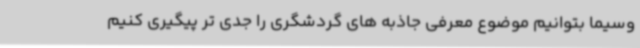
وسیما بتوانیم موضوع معرفی جاذبه های گردشگری را جدی تر پیگیری کنیم